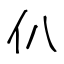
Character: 仈